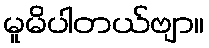
မူမိပါတယ်ဗျာ။